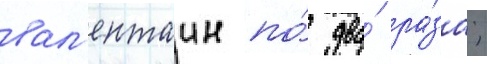
вал'ентаин по́ два́ ра́за;